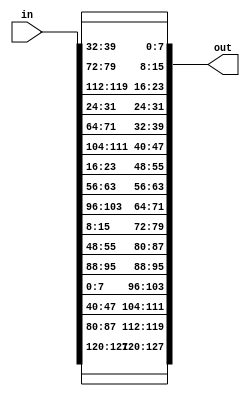
module shiftrow(in , out );
	input [127:0]in;
	output [127:0]out;


/*	A00 A01 A02 A03			A00 A01 A02 A03
	A10 A11 A12 A13	    shiftrow	A13 A10 A11 A12
	A20 A21 A22 A23   ------------> A22 A23 A20 A21
	A30 A31 A32 A33 		A33 A30 A31 A32
futher assign the column of second matrix to out wire of the module */


assign out = {in[127:120],in[87:80],in[47:40],in[7:0],in[95:88],
	      in[55:48],in[15:8],in[103:96],in[63:56],in[23:16],
	      in[111:104],in[71:64],in[31:24],in[119:112],in[79:72],
	      in[39:32]};   
endmodule